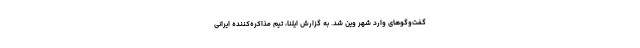
گفت‌وگوهای وارد شهر وین شد. به گزارش ایلنا، تیم مذاکره‌کننده ایرانی